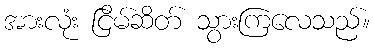
အားလုံး ငြိမ်ဆိတ် သွားကြလေသည်။